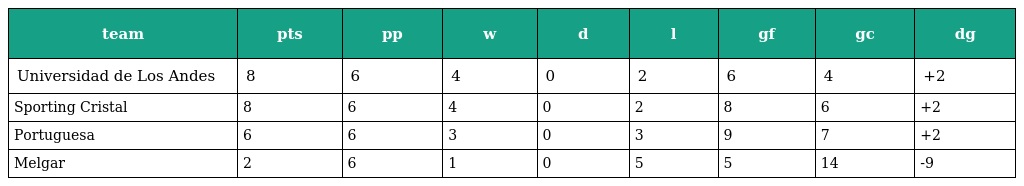
| team | pts | pp | w | d | l | gf | gc | dg |
 | --- | --- | --- | --- | --- | --- | --- | --- | --- |
 | Universidad de Los Andes | 8 | 6 | 4 | 0 | 2 | 6 | 4 | +2 |
 | Sporting Cristal | 8 | 6 | 4 | 0 | 2 | 8 | 6 | +2 |
 | Portuguesa | 6 | 6 | 3 | 0 | 3 | 9 | 7 | +2 |
 | Melgar | 2 | 6 | 1 | 0 | 5 | 5 | 14 | -9 |